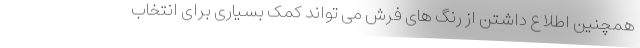
همچنین اطلاع داشتن از رنگ های فرش می تواند کمک بسیاری برای انتخاب